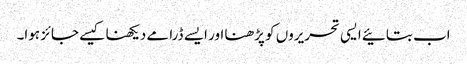
اب بتائیے ایسی تحریروں کو پڑھنا اور ایسے ڈرامے دیکھنا کیسے جائز ہوا۔